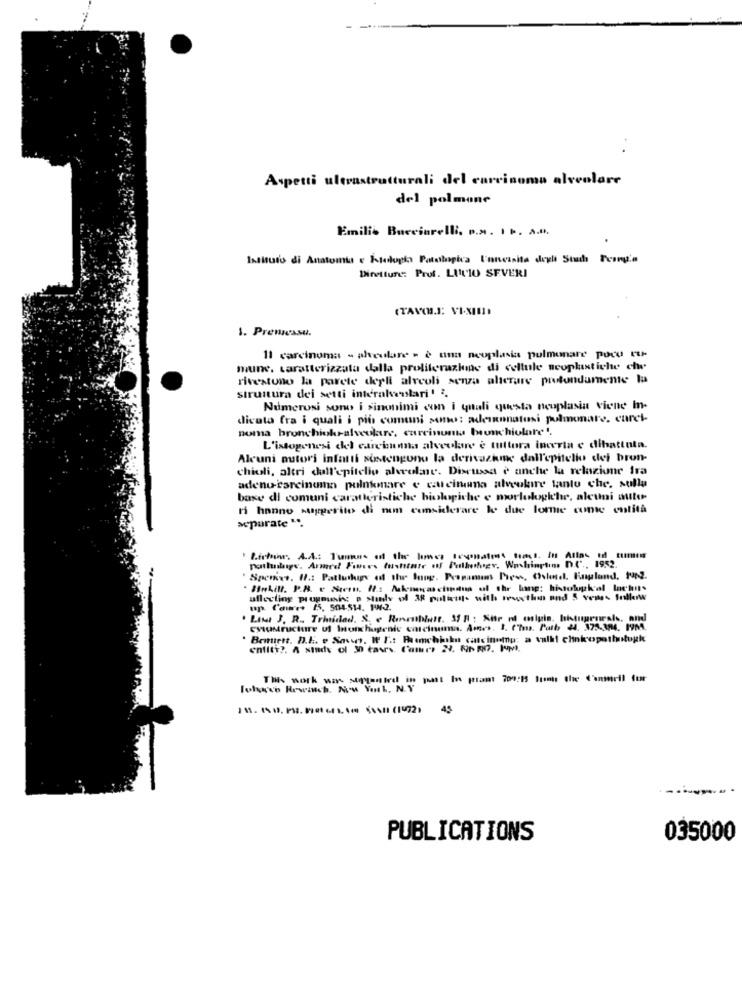
Aspetti ultrastrutturali del carcinoma alveolare
del polmone
Emilio Bucciarelli. P.M. 1b. A.M.
Istituto di Anatomia e hladopis Patologica l'unwvisita degli Stuch Teong's
Diretture: Prof. LUCIO SEVERI
1. Prensessu.
11 carcinoma - alveolare - è una neoplasia pulmonare poco ru-
mune, caratterizzata dalla proliferazione di cellule neoplastiche che
rivestono la parete derli alveoli senza alterare profundamente la
struttura dei setti intéralveolari' ;.
Numerosi sono i sinonimi con i quali questa neoplasia viene In-
dicata fra i quali i più comuni sono: adeannatusi polmonare. curet-
noma bronchiokralveolare, carcinunta bronchiolare'.
L'istogenesi del carchuna alveokne è tuttora inceria e dibattuta.
Alcuni autori infatti sostengono la derivazkmc dall'epitelio dei bron-
chioli, altri dall'epitelio alveolare. Discuss è anche la relazione fra
adenocarcinoma pulnemare e cucinama alveokire tanto che. sulla
base di comuni caratteristiche biologiche e morfologiche, alcuni auto-
ri hanno suggerito di nun considerare le due lorie come entità
separate ".
Licher. A.A .: Tuman of the homes Icyonaient fans. in Alla- id cumin
ponthuidige. Armed Forces fushtare uf Pelhofver, Washington D.C ., 1952.
. Spenve, 17 .: Patlushugy of the lung. Pronamens Press, Colonel. Rugland, Pap2.
ufleeting progaining p stanly of AR polisin. with reuxthis and 5 vows follow
up Come. 15. 504-514. 14-2.
CHUMructure uf Inochugenic cmcinuma. Ames. 1. (hms. Patb 44. 373.304. 19MA.
Beinicht. D.E. v Sont. I F .: Pachinko cascinemp a sulli chokopathologie
entity ?, A sindy ol 30 tavrs. Cameo 24. Rir RN7, Pupa,
This work was stopyten ted in
45
PUBLICATIONS
035000